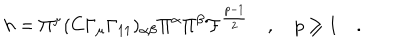
h = \Pi ^ { \mu } ( C \Gamma _ { \mu } \Gamma _ { 1 1 } ) _ { \alpha \beta } \Pi ^ { \alpha } \Pi ^ { \beta } { \cal F } ^ { \frac { p - 1 } { 2 } } \quad , \quad p \geq 1 \quad .